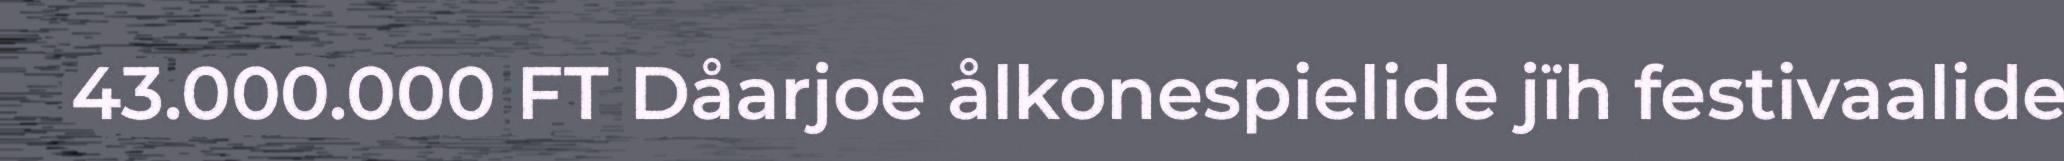
43.000.000 FT Dåarjoe ålkonespielide jïh festivaalide